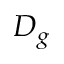
D _ { g }